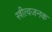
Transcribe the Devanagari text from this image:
स्त्रीत्वजनक